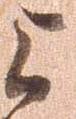
上